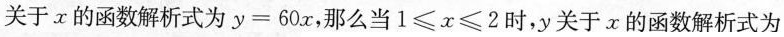
关于x的函数解析式为$$y=60x$$，那么当$$1\leq x\leq 2$$时，y关于x的函数解析式为